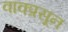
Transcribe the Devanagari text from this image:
वाक्प्रसून